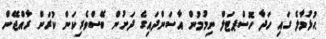
ޙުޅުމާލެ ގައި ހަދާ ހޮސްޕޓަލް ނިމުމުން އާސަންދައިގެ ދަށުން ބޭސްވެރިކަން ކުރަން ރާއްޖޭން